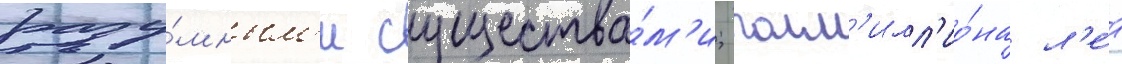
разу́мным'и существа́м'и; полм'илл'ио́на л'е́т